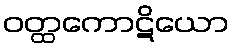
ဝတ္ထကောဋိယော